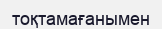
тоқтамағанымен